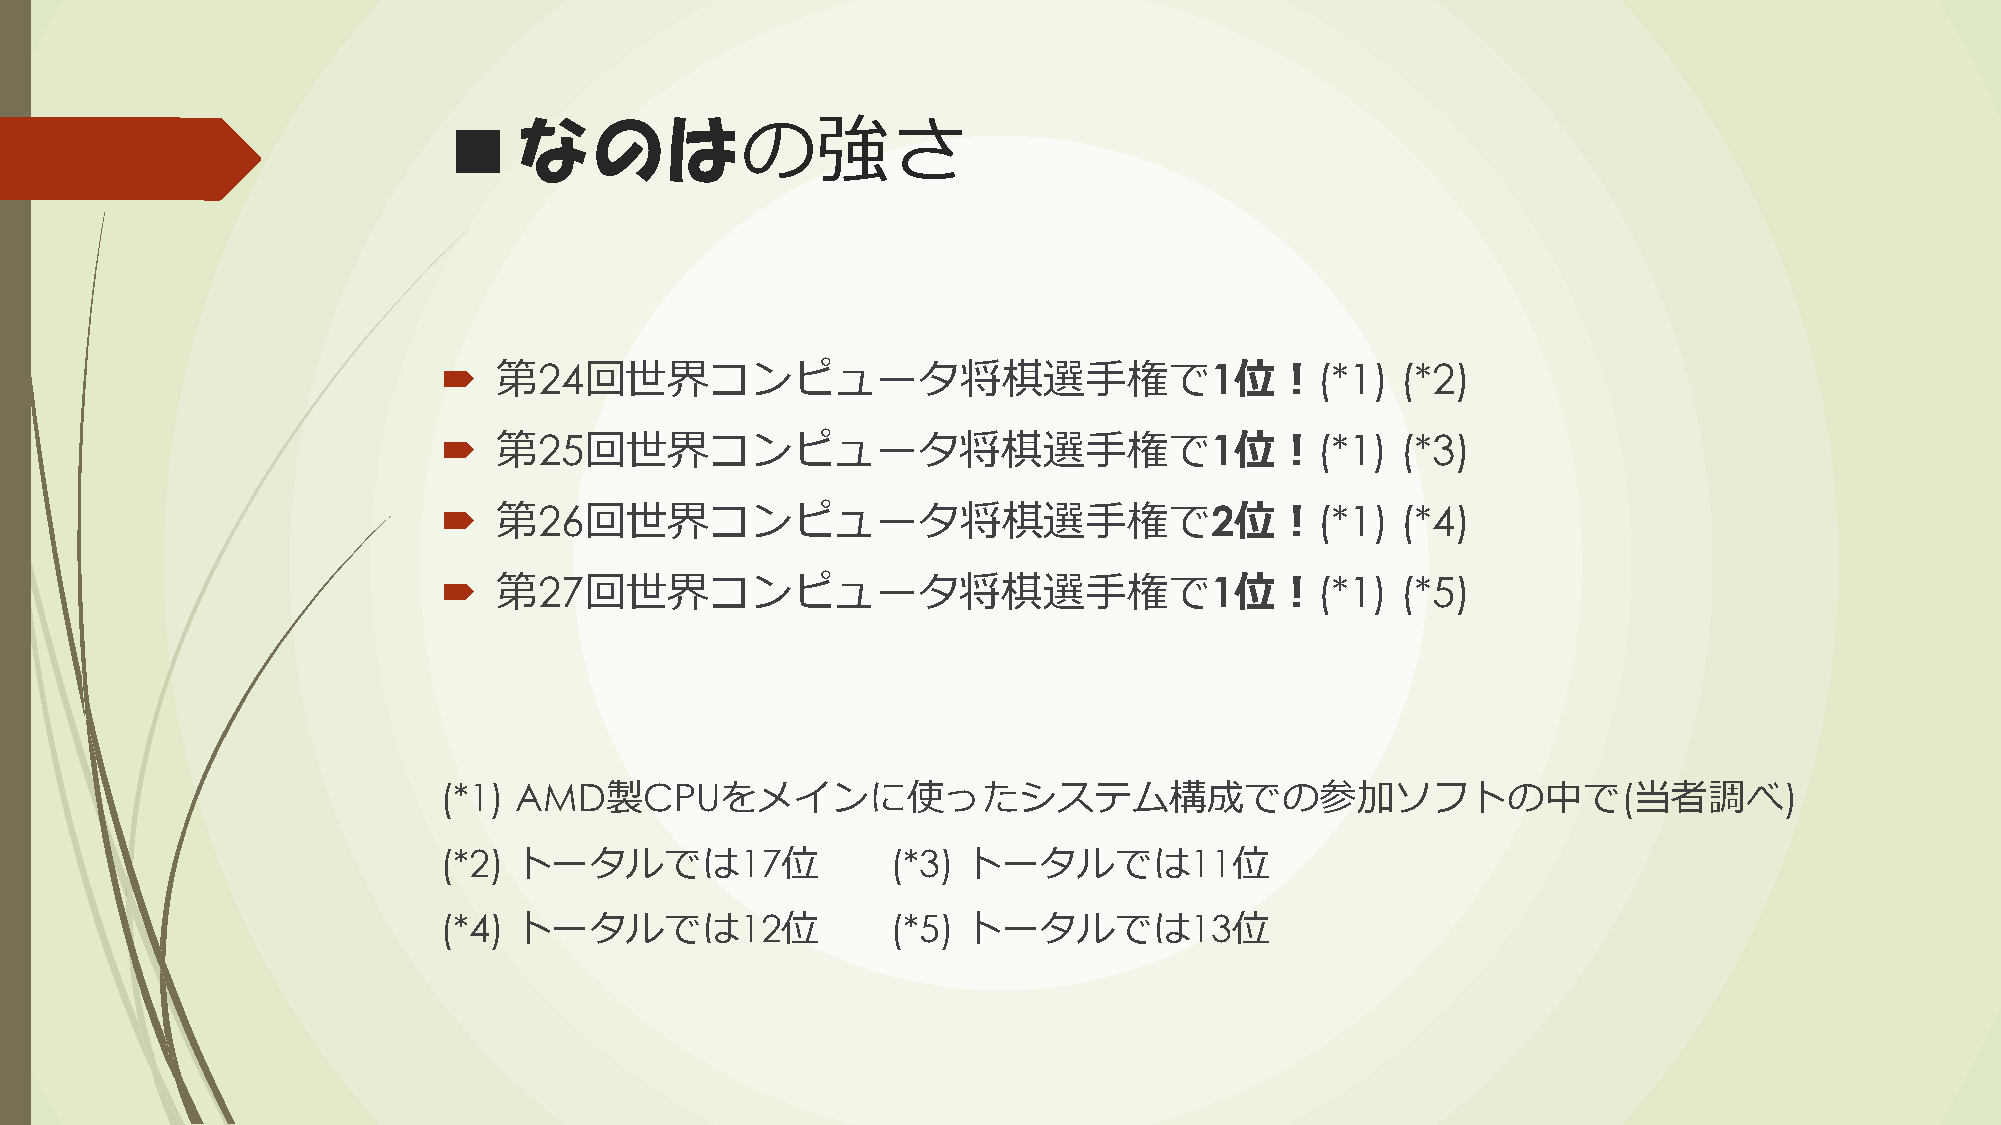
■なのはの強さ
    第24回世界コンピュータ将棋選手権で1位！(*1)                                   (*2)
    第25回世界コンピュータ将棋選手権で1位！(*1)                                   (*3)
    第26回世界コンピュータ将棋選手権で2位！(*1)                                   (*4)
    第27回世界コンピュータ将棋選手権で1位！(*1)                                   (*5)
 (*1) AMD製CPUをメインに使ったシステム構成での参加ソフトの中で(当者調べ)
 (*2) トータルでは17位                (*3) トータルでは11位
 (*4) トータルでは12位                (*5) トータルでは13位